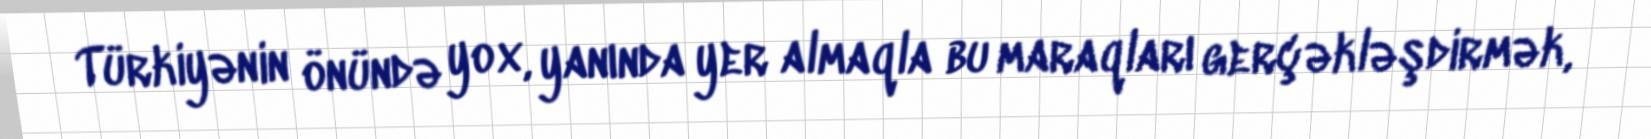
Türkiyənin önündə yox, yanında yer almaqla bu maraqları gerçəkləşdirmək,